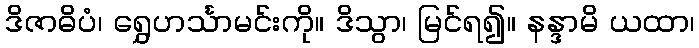
ဒိဇာဓိပံ၊ ရွှေဟင်္သာမင်းကို။ ဒိသွာ၊ မြင်ရ၍။ နန္ဒာမိ ယထာ၊